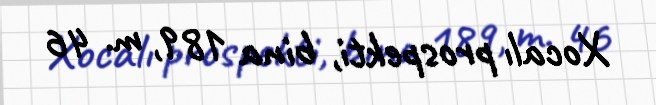
Xocalı prospekti, bina 189, m. 46